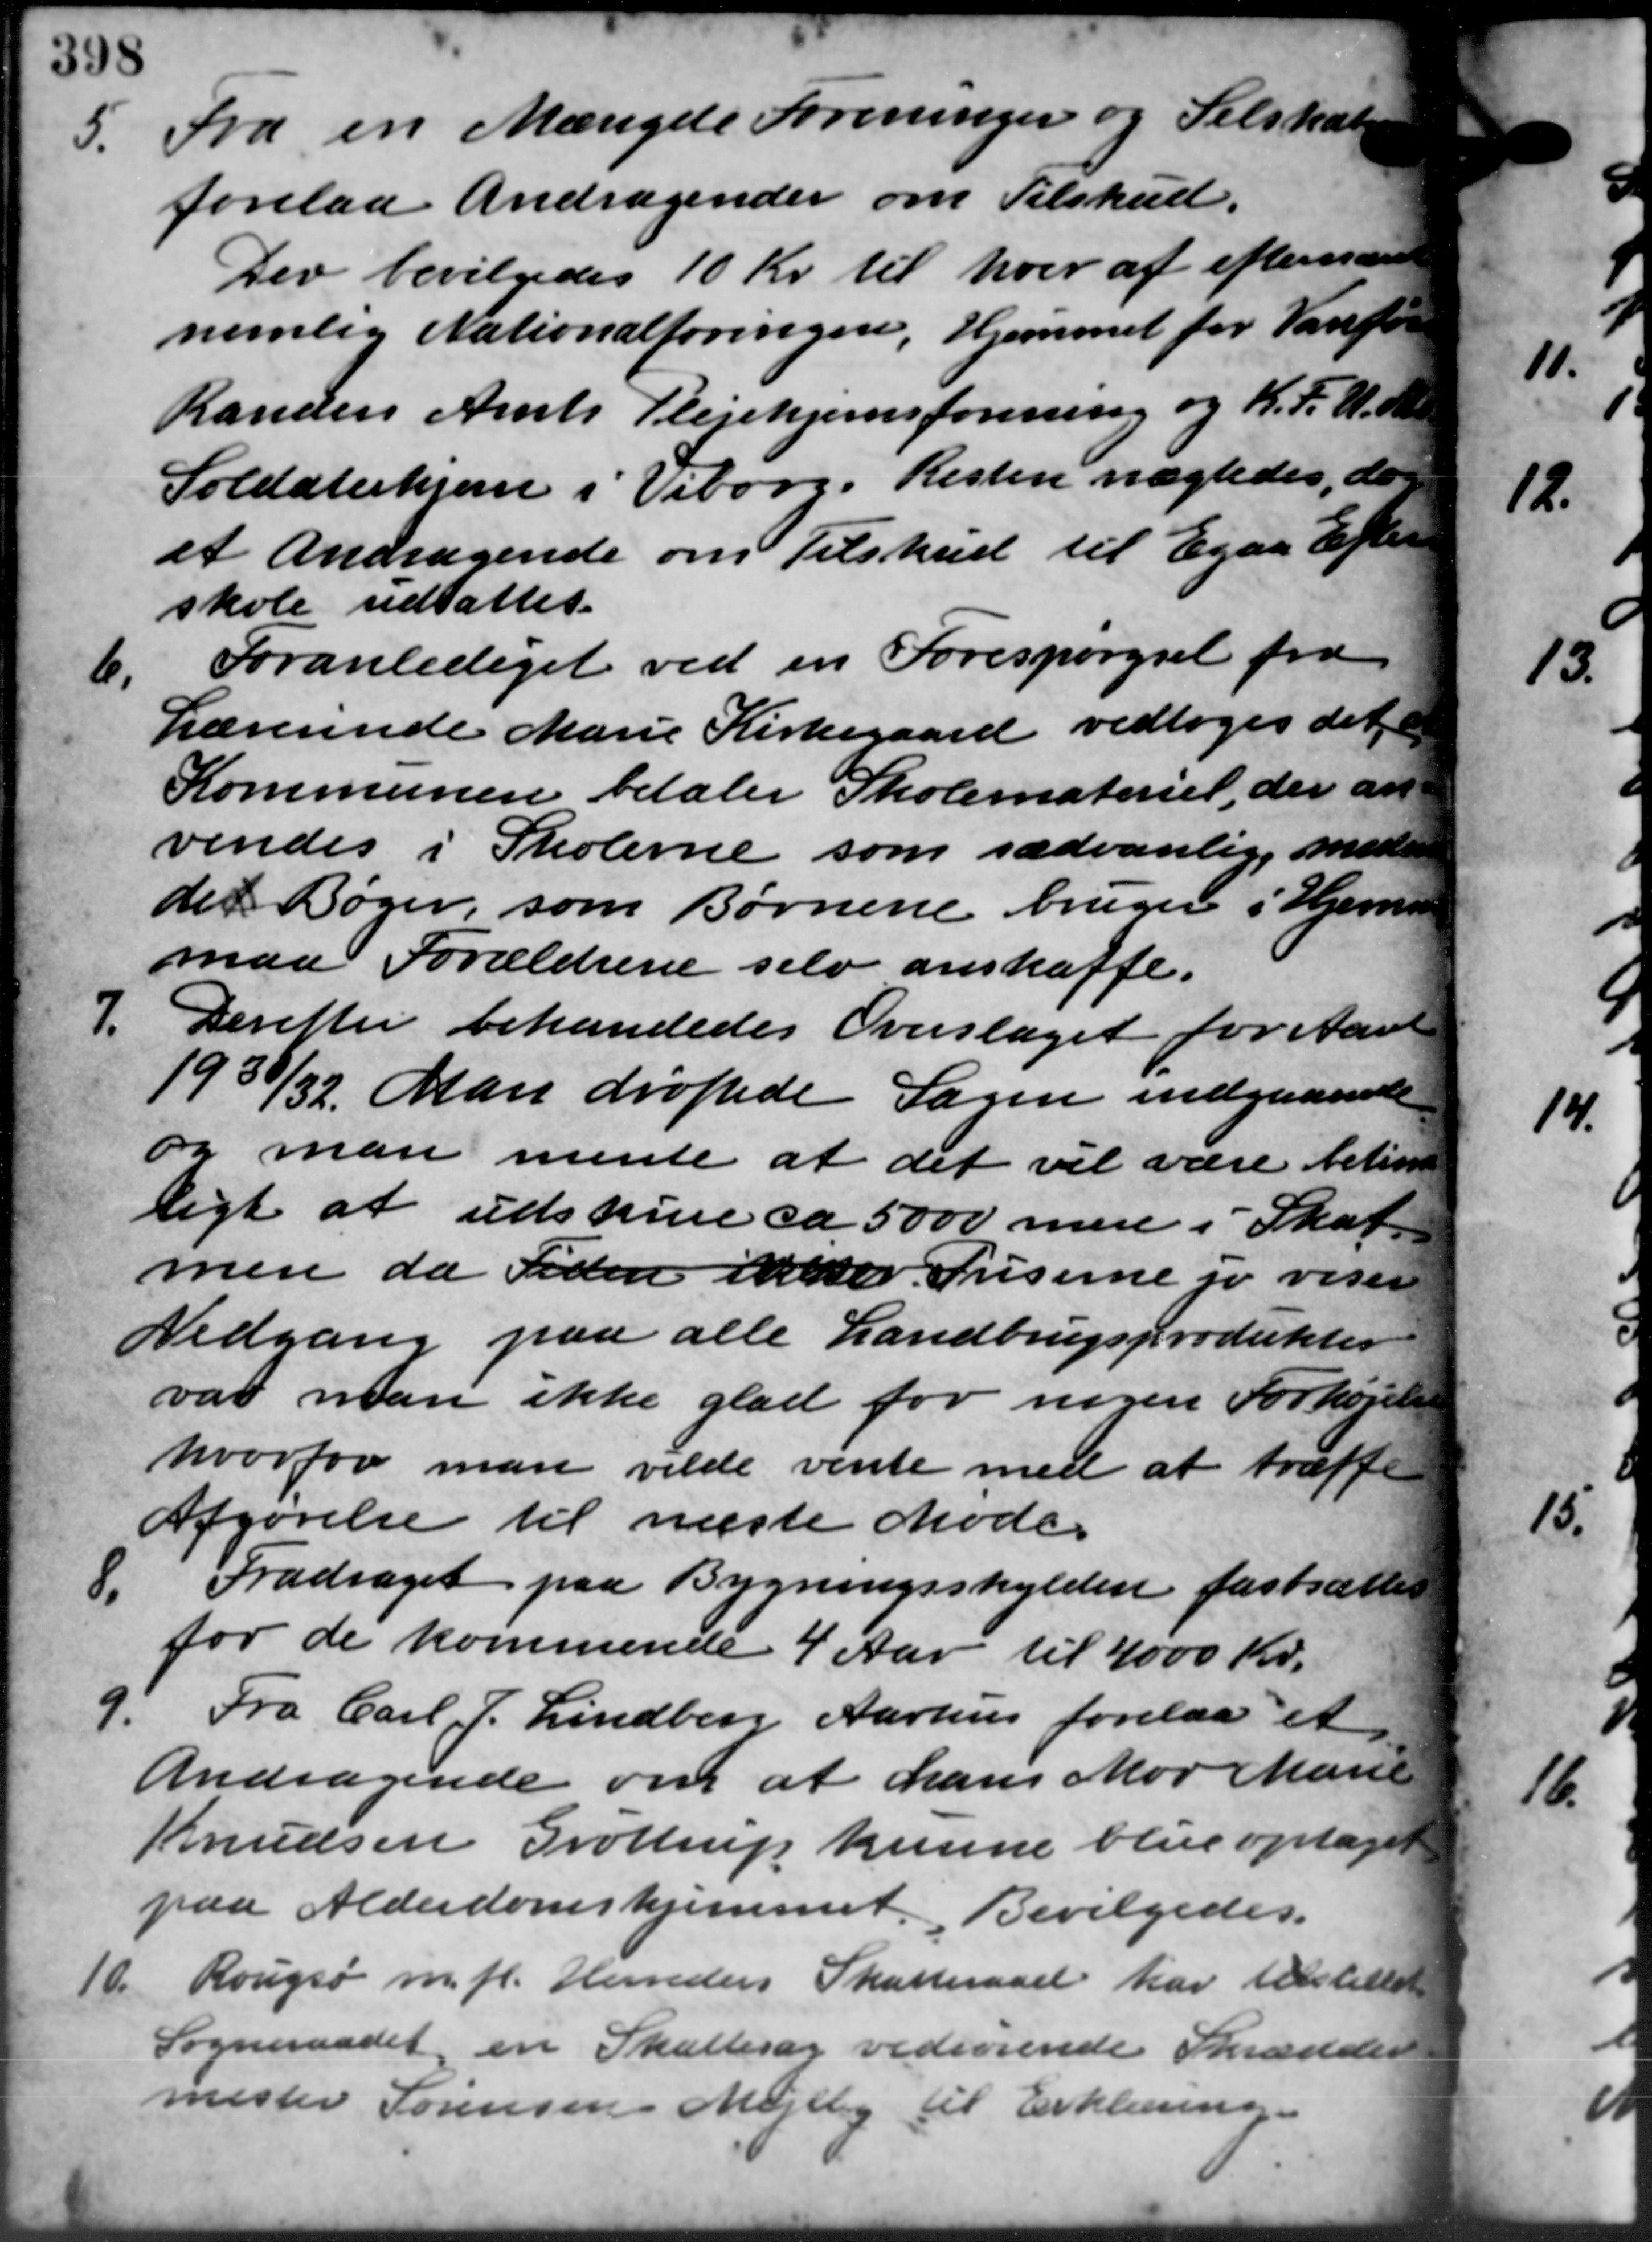
Transskription:
5. Fra en Mængde Foreninger og Selskab
5. Fra en Mængde Foreninger og Selskab
forelaa Andragender om Tilskud.
Der bevilgedes 10 Kr. til hver af efterræne
nemlig Nationalforingen, Hjemmet for Varefor
Randers Amts Plejehjemsforening og K. F. U. M.
Soldaterhjem i Viborg. Resten nægtedes, do
et Andragende om Tilskud til Egaa Efter
skole udsattes.
6.
Foranlediget ved en Forespørgsel fra
Lærerinde Marie Kirkegaard vedtoges det
Kommunen betaler Skolemateriel, der an
vendes i Skolerne som sædvanlig med
det Bøger, som Børnene bruger i Hjemm
maa Forældrene selv anskaffe.
Derefter behandledes Overslaget for Aar
1930/32. Man drøftede Sagen indgaaende
og man mente at det vil være betin
ligt at udskrive ca 5000 men i Skat
men da Tiden ikker Priserne jo vise
Nedgang paa alle Landbrugsprodukter
var man ikke glad for nogen Forhøjet
hvorfor man vilde vente med at træffe
Afgørelse til næste Møde.
8. Fradraget paa Bygningsskylden fastsættes
8. Fradraget paa Bygningsskylden fastsættes
for de kommende 4 Aar til 4000 Kr.
9. Fra Carl J. Lindberg Aarhus forelaa et
9. Fra Carl J. Lindberg Aarhus forelaa et
Andragende om at hans Mor Marie
Knudsen Grøttrup kunne blive optaget
paa Alderdomshjemmet. Bevilgedes.
10.
Rougsø m.fl. Herreders Skatteraad har tilstillet
Sogneraadet en Skattesag vedrørende Skrædder
mester Sørensen Mejlby til Erklæring.
7.